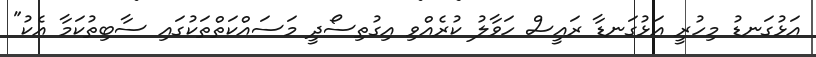
އަޅުގަނޑު މިހުރީ އަޅުގަނޑާ ރައީސް ހަވާލު ކުރެއްވި އިގުތިސޯދީ މަސައްކަތްތަކުގައި ސާބިތުކަމާ އެކު"